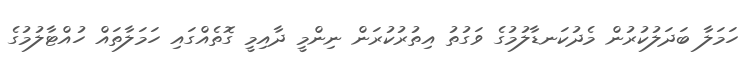
ހަމަލާ ބަދަލުކުރުން މެދުކަނޑާލުމުގެ ވަގުތު އިތުރުކުރަން ނިންމީ ދާއިމީ ގޮތެއްގައި ހަމަލާތައް ހުއްޓާލުމުގެ